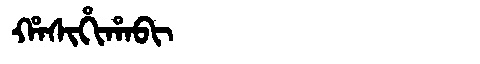
Manchu: ᡥᠠᠰᡳᡥᡳᡥᠠᠪᡳ
Romanization: HASIHIHABI